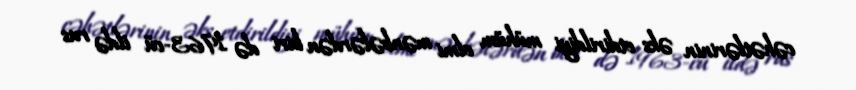
cəhətlərinin əks etdirildiyi mühüm elmi mənbələrdən biri də 1963-cü ildə rus